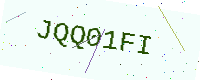
Text: JQQ01FI